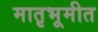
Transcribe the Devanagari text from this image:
मातृभूमीत